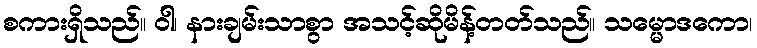
စကားရှိသည်။ ဝါ၊ နားချမ်းသာစွာ အသင့်ဆိုမိန့်တတ်သည်။ သမ္မောဒကော၊